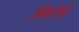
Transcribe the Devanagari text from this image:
पिनोशे